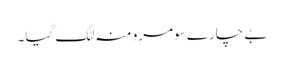
بے چارے سومرو منہ لٹک گیا۔